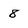
Character: 8